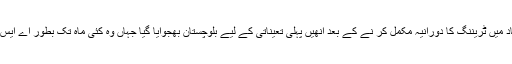
تین سال تک اسلام آباد میں ٹریننگ کا دورانیہ مکمل کر نے کے بعد انھیں پہلی تعیناتی کے لیے بلوچستان بھجوایا گیا جہاں وہ کئی ماہ تک بطور اے ایس پی کام کرتے رہے۔